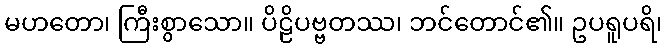
မဟတော၊ ကြီးစွာသော။ ပိဠိပဗ္ဗတဿ၊ ဘင်တောင်၏။ ဥပရူပရိ၊